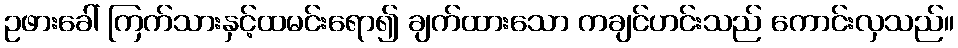
ဥဖားခေါ် ကြက်သားနှင့်ထမင်းရော၍ ချက်ထားသော ကချင်ဟင်းသည် ကောင်းလှသည်။